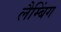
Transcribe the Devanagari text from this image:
लैम्बिंग